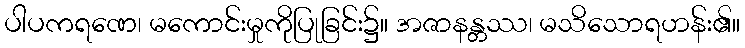
ပါပကရဏေ၊ မကောင်းမှုကိုပြုခြင်း၌။ အဇာနန္တဿ၊ မသိသောရဟန်း၏။